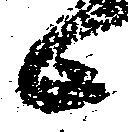
候